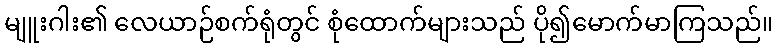
မျူးဂါး၏ လေယာဉ်စက်ရုံတွင် စုံထောက်များသည် ပို၍မောက်မာကြသည်။